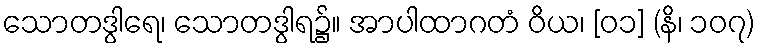
သောတဒွါရေ၊ သောတဒွါရ၌။ အာပါထာဂတံ ဝိယ၊ [၀၁] (နိ၊ ၁၀၇)